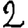
Digit: 2